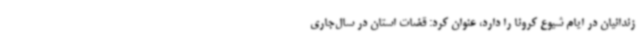
زندانیان در ایام شیوع کرونا را دارد، عنوان کرد: قضات استان در سال‌جاری